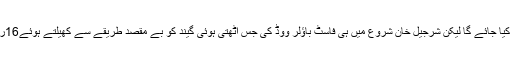
اُمید تھی کہ پاکستان کی طرف سے ایک بڑ ااسکور کیا جائے گا لیکن شرجیل خان شروع میں ہی فاسٹ باؤلر ووڈ کی جس اُٹھتی ہوئی گیند کو بے مقصد طریقے سے کھیلتے ہوئے16رنز بنا کر آؤٹ ہوئے ٹیم اور شائقین کو بہت دُکھ ہوا۔